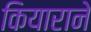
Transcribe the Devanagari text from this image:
कियाराने